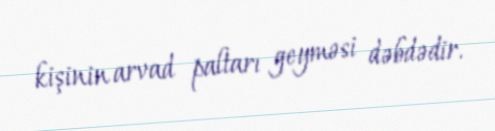
kişinin arvad paltarı geyməsi dəbdədir.